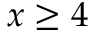
x \geq 4